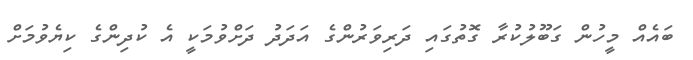
ބައެއް މީހުން ގަބޫލުކުރާ ގޮތުގައި ދަރިވަރުންގެ އަދަދު ދަށްވުމަކީ އެ ކުދިންގެ ކިޔެވުމަށް